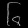
Digit: ၆